Civil Veterinary Department. Central Provinces & Berar 1932-41 - 1932-1941
Year: 1932
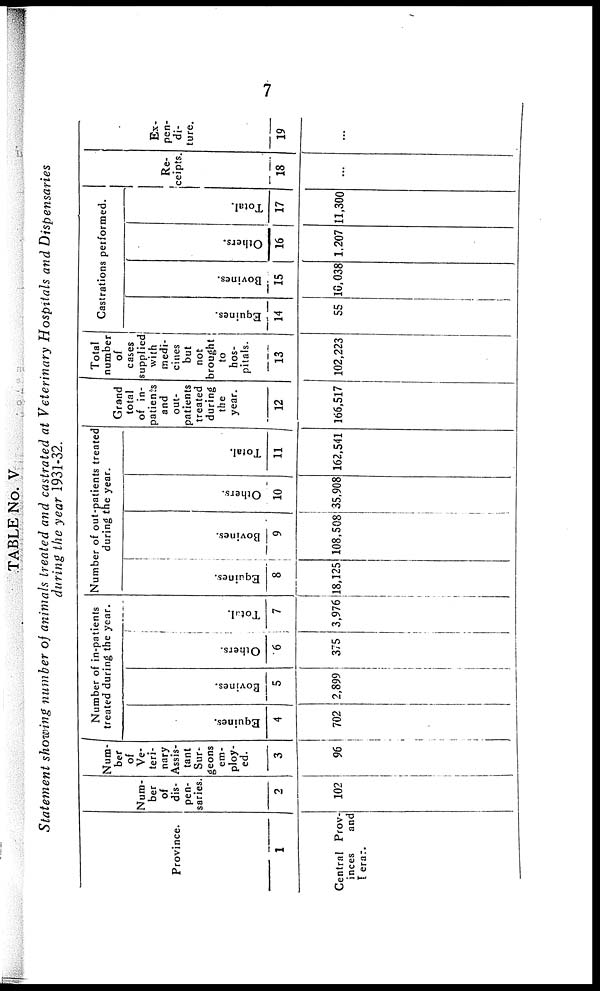
7
TABLE No. V
Statement showing number of animals treated and castrated at Veterinary Hospitals and Dispensaries
during the year 1931-32.
Province.
1
Central Prov-
inces
and
Dera.
Num-
ber
of
dis-
pen-
saries.
2
102
Num-
ber
of
Ve-
teri-
nary
Assis-
tant
Sur-
geons
em¬
ploy-
ed.
3
96
Number of in-patients
treated during the year.
Equines.
4
702
Bovi nes .
5
2,899
Ot her s .
6
375
Tot al .
7
3,976
Number of out-patients treated
during the year.
Equines.
8
18,125
Bovi ne s .
9
108,508
Ot her s .
10
35.908
Tot al .
11
162,541
Grand
total
of in-
patients
and
out-
patients
treated
during
the
year.
12
166,517
Total
number
of
cases
supplied
with
medi-
cines
but
not
brought
to
hos-
pitals.
13
102,223
Castrations performed.
Equi nes .
14
55
Bovi nes .
15
10,038
Ot her s.
16
1,207
Tot al .
17
11,300
Re¬
ceipts.
18
...
Ex¬
pen¬
di¬
ture.
19
...